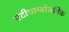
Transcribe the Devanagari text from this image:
एंटीथ्राम्बोजनिक